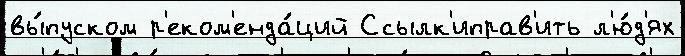
вы́пуском р'еком'енда́ций Ссылк'иправ'ить л'ю́д'ях